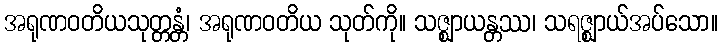
အရုဏဝတိယသုတ္တန္တံ၊ အရုဏဝတိယ သုတ်ကို။ သဇ္ဈာယန္တဿ၊ သရဇ္ဈာယ်အပ်သော။